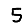
Digit: 5